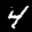
Label: 4